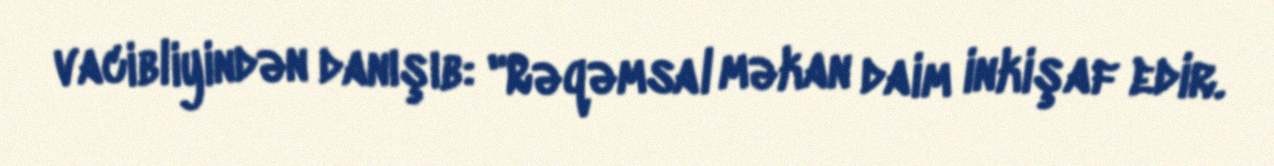
vacibliyindən danışıb: "Rəqəmsal məkan daim inkişaf edir.